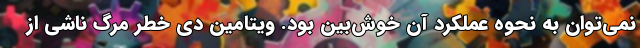
نمی‌توان به نحوه عملکرد آن خوش‌بین بود. ویتامین دی خطر مرگ ناشی از